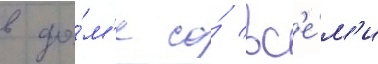
в до́м'е со́ вс'е́м'и